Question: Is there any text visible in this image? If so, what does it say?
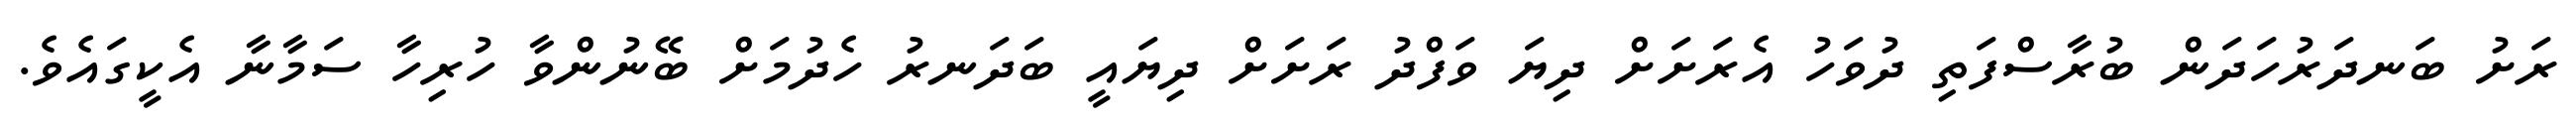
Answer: ރަށު ބަނދަރުހަދަން ބުރާސްފަތި ދުވަހު އެރަށަށް ދިޔަ ވަފްދު ރަށަށް ދިޔައީ ބަދަނރު ހެދުމަށް ބޭނުންވާ ހުރިހާ ސަމާނާ އެކީގައެވެ.